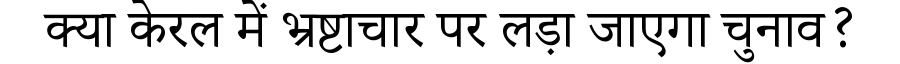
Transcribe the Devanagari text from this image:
क्या केरल में भ्रष्टाचार पर लड़ा जाएगा चुनाव?